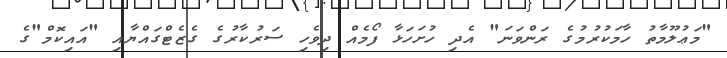
"މަޢުލޫމާތު ހާމަކުރުމުގެ ރަންވަނަ" އެދި ހުށަހަޅާ ފޯމެއް ދިވެހި ސަރުކާރުގެ ގެޒެޓްގައްޔާއި "އައިކޮމް"ގެ